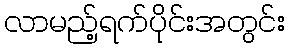
လာမည့်ရက်ပိုင်းအတွင်း